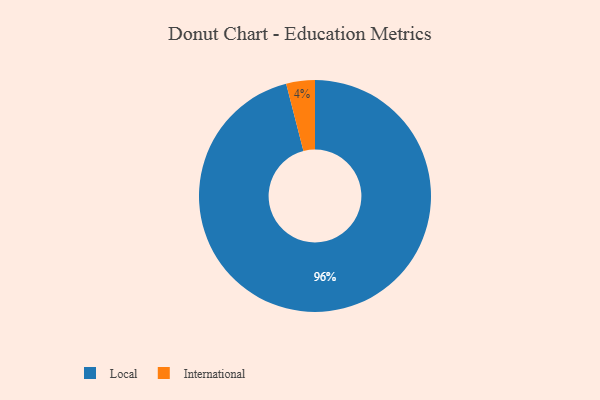
{"axis": {"x": "Category", "y": "Percentage"}, "legend": ["International", "Local"], "data": [{"x": "International", "y": 4, "type": "International"}, {"x": "Local", "y": 96, "type": "Local"}]}